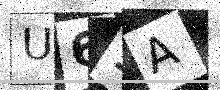
Text: U61A